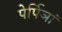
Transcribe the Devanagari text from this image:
पेर्पिञां